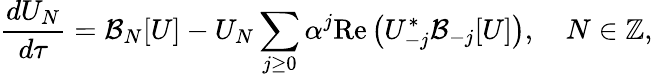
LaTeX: \frac{dU_{N}}{d\tau}=\mathcal{B}_{N}[U]-U_{N}\sum_{j\ge 0}\alpha^{j}\mathrm{Re}\left(U_{-j}^{*}\mathcal{B}_{-j}[U]\right),\quad N\in\mathbb{Z},